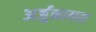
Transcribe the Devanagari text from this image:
अर्जुनायस